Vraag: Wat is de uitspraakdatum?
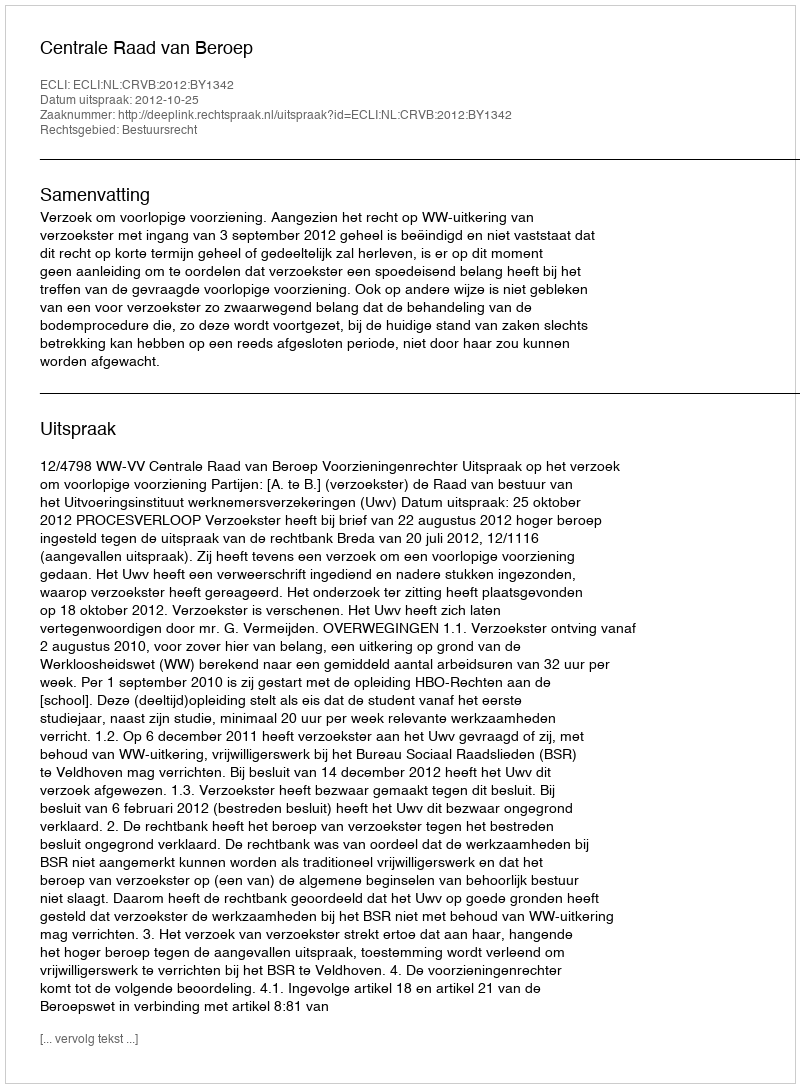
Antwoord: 2012-10-25